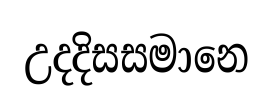
උදදිසසමානෙ